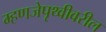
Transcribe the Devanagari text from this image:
म्हणजेपृथ्वीवरील